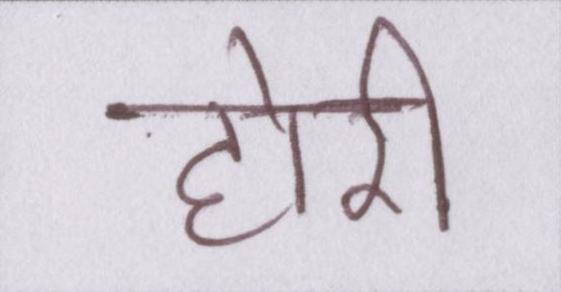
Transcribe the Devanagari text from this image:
होरी